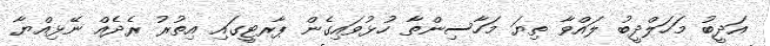
އަދީބު މަހަލްދީބު ލައްވާ ތިޔަ މަހާސިންތާ ހުޅުވައިގެން ޕާރޓީގައި އިތުރު ރެދެއް ނޭޅިއްޔާ